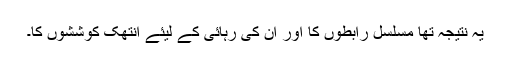
یہ نتیجہ تھا مسلسل رابطوں کا اور ان کی رہائی کے لیئے انتھک کوششوں کا۔